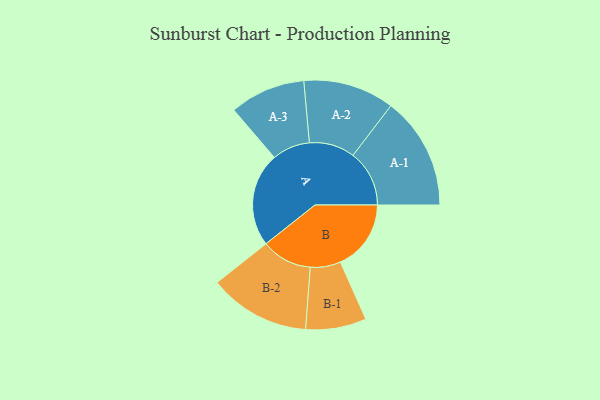
{"axis": {"x": "Segment", "y": "Value"}, "legend": ["", "A", "B"], "data": [{"x": "A", "y": 499, "type": ""}, {"x": "B", "y": 375, "type": ""}, {"x": "A-1", "y": 299, "type": "A"}, {"x": "A-2", "y": 242, "type": "A"}, {"x": "A-3", "y": 201, "type": "A"}, {"x": "B-1", "y": 161, "type": "B"}, {"x": "B-2", "y": 269, "type": "B"}]}